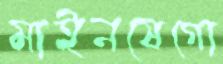
মাইনষেগো